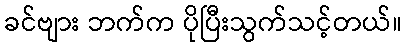
ခင်ဗျား ဘက်က ပိုပြီးသွက်သင့်တယ်။